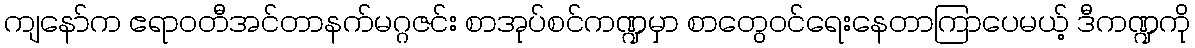
ကျနော်က ဧရာဝတီအင်တာနက်မဂ္ဂဇင်း စာအုပ်စင်ကဏ္ဍမှာ စာတွေဝင်ရေးနေတာကြာပေမယ့် ဒီကဏ္ဍကို